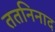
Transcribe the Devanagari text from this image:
ततनिनाद